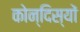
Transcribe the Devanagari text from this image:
कोन्दिस्यों